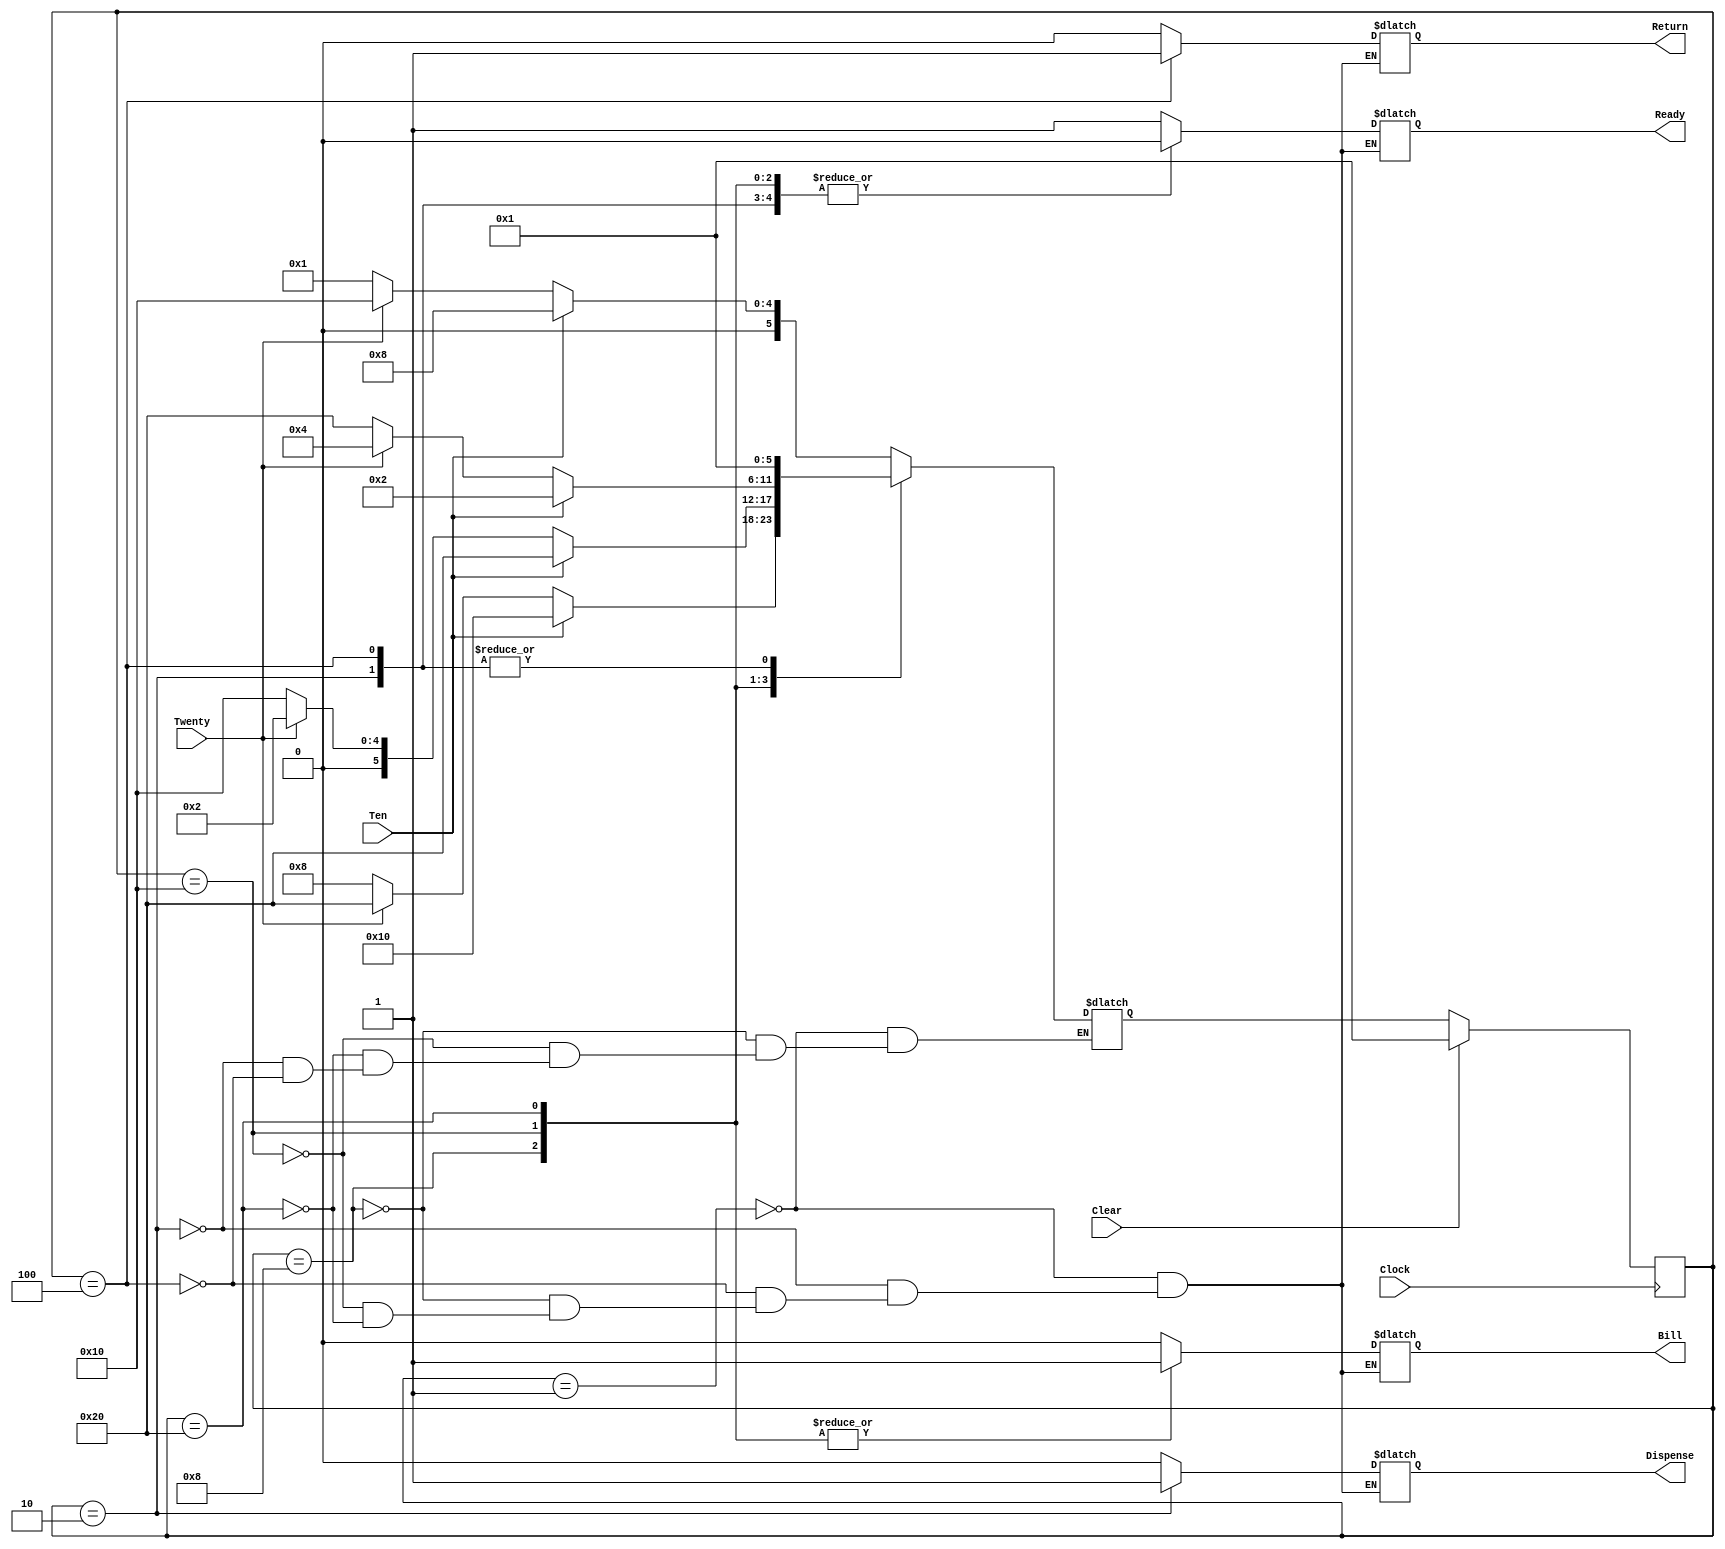
module TicketMachine(Clock, Clear, Ten, Twenty, Ready, Dispense, Return, Bill);
input Clock, Clear, Ten, Twenty;
output Ready, Dispense, Return, Bill;
reg Ready, Dispense, Return, Bill;

parameter ON  = 1'b1;
parameter OFF = 1'b0;

// define states using same names and state assignments as state diagram and table
// Using one-hot method, we have one bit per state

parameter // states
	RDY    = 6'b000001,
	DISP   = 6'b000010,
	RTN    = 6'b000100,
	BILL10 = 6'b001000,
	BILL20 = 6'b010000,
	BILL30 = 6'b100000;

reg [5:0] State, NextState;

//
// Update state or reset on every + clock edge
// We have no clear
//

always @(posedge Clock)
begin 
 if (Clear)
 	State <= RDY;
 else
	State <= NextState;
end

//
// Outputs depend only upon state (Moore machine)
//

always @(State)
begin
case (State)
	RDY:	begin
		Ready    = ON;
		Bill     = OFF;
		Dispense = OFF;
		Return   = OFF;
		end

	DISP:	begin
		Ready    = OFF;
		Bill     = OFF;
		Dispense = ON;
		Return   = OFF;
		end

	RTN:	begin
		Ready    = OFF;
		Bill     = OFF;
		Dispense = OFF;
		Return   = ON;
		end

	BILL10:	begin
		Ready    = OFF;
		Bill     = ON;
		Dispense = OFF;
		Return   = OFF;
		end

	BILL20:	begin
		Ready    = OFF;
		Bill     = ON;
		Dispense = OFF;
		Return   = OFF;
		end

	BILL30:	begin
		Ready    = OFF;
		Bill     = ON;
		Dispense = OFF;
		Return   = OFF;
		end

endcase
end

//
// Next state generation logic
//

always @(State or Ten or Twenty)
begin
case (State)
	RDY:	begin
		if (Ten)
			NextState = BILL10;
		else if (Twenty)
			NextState = BILL20;
		else
			NextState = RDY;
		end

	BILL10:	begin
		if (Ten)
			NextState = BILL20;
		else if (Twenty)
			NextState = BILL30;
		else
			NextState = BILL10;
		end

	BILL20:	begin
		if (Ten)
			NextState = BILL30;
		else if (Twenty)
			NextState = DISP;
		else
			NextState = BILL20;
		end

	BILL30:	begin
		if (Ten)
			NextState = DISP;
		else if (Twenty)
			NextState = RTN;
		else
			NextState = BILL30;
		end

	DISP:	begin
			NextState = RDY;
		end

	RTN:	begin
			NextState = RDY;
		end

endcase
end


endmodule